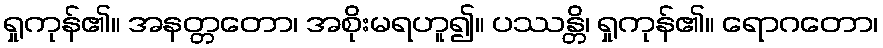
ရှုကုန်၏။ အနတ္တတော၊ အစိုးမရဟူ၍။ ပဿန္တိ၊ ရှုကုန်၏။ ရောဂတော၊